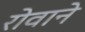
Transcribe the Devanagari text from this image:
रोवाने